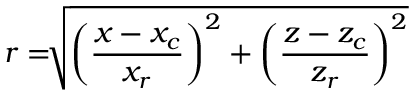
r = \sqrt [ ] { \left( \frac { x - x _ { c } } { x _ { r } } \right) ^ { 2 } + \left( \frac { z - z _ { c } } { z _ { r } } \right) ^ { 2 } }